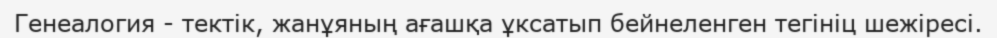
Генеалогия - тектік, жанұяның ағашқа ұксатып бейнеленген тегініц шежіресі.